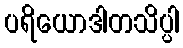
ပရိယောဒါတသိပ္ပါ